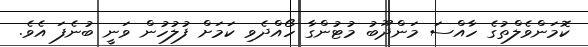
ކޮމަންވެލްތުގެ ހާއްސަ މަންދޫބު މުޓުންގާ ހޯއްދެވި ކަމަށް ފުލުހުން ވަނީ ބުނެފަ އެވެ.